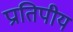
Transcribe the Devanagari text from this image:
प्रातिपीय